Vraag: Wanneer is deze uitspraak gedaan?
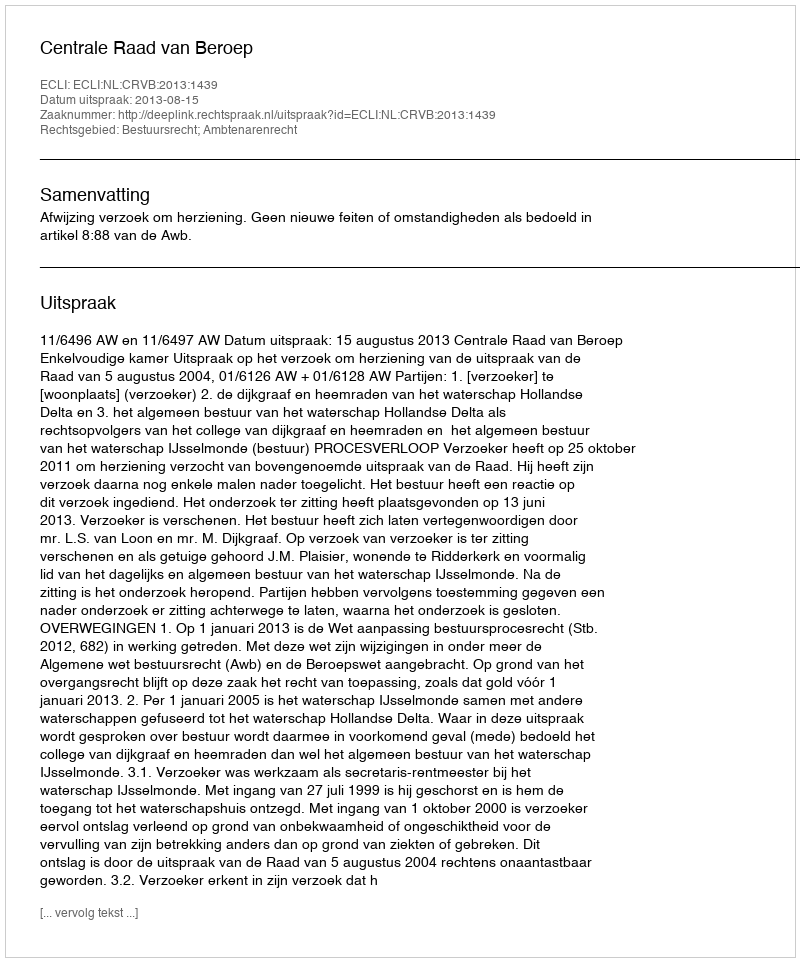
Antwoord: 2013-08-15